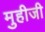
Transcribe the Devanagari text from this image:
मुहीजी